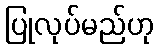
ပြုလုပ်မည်ဟု